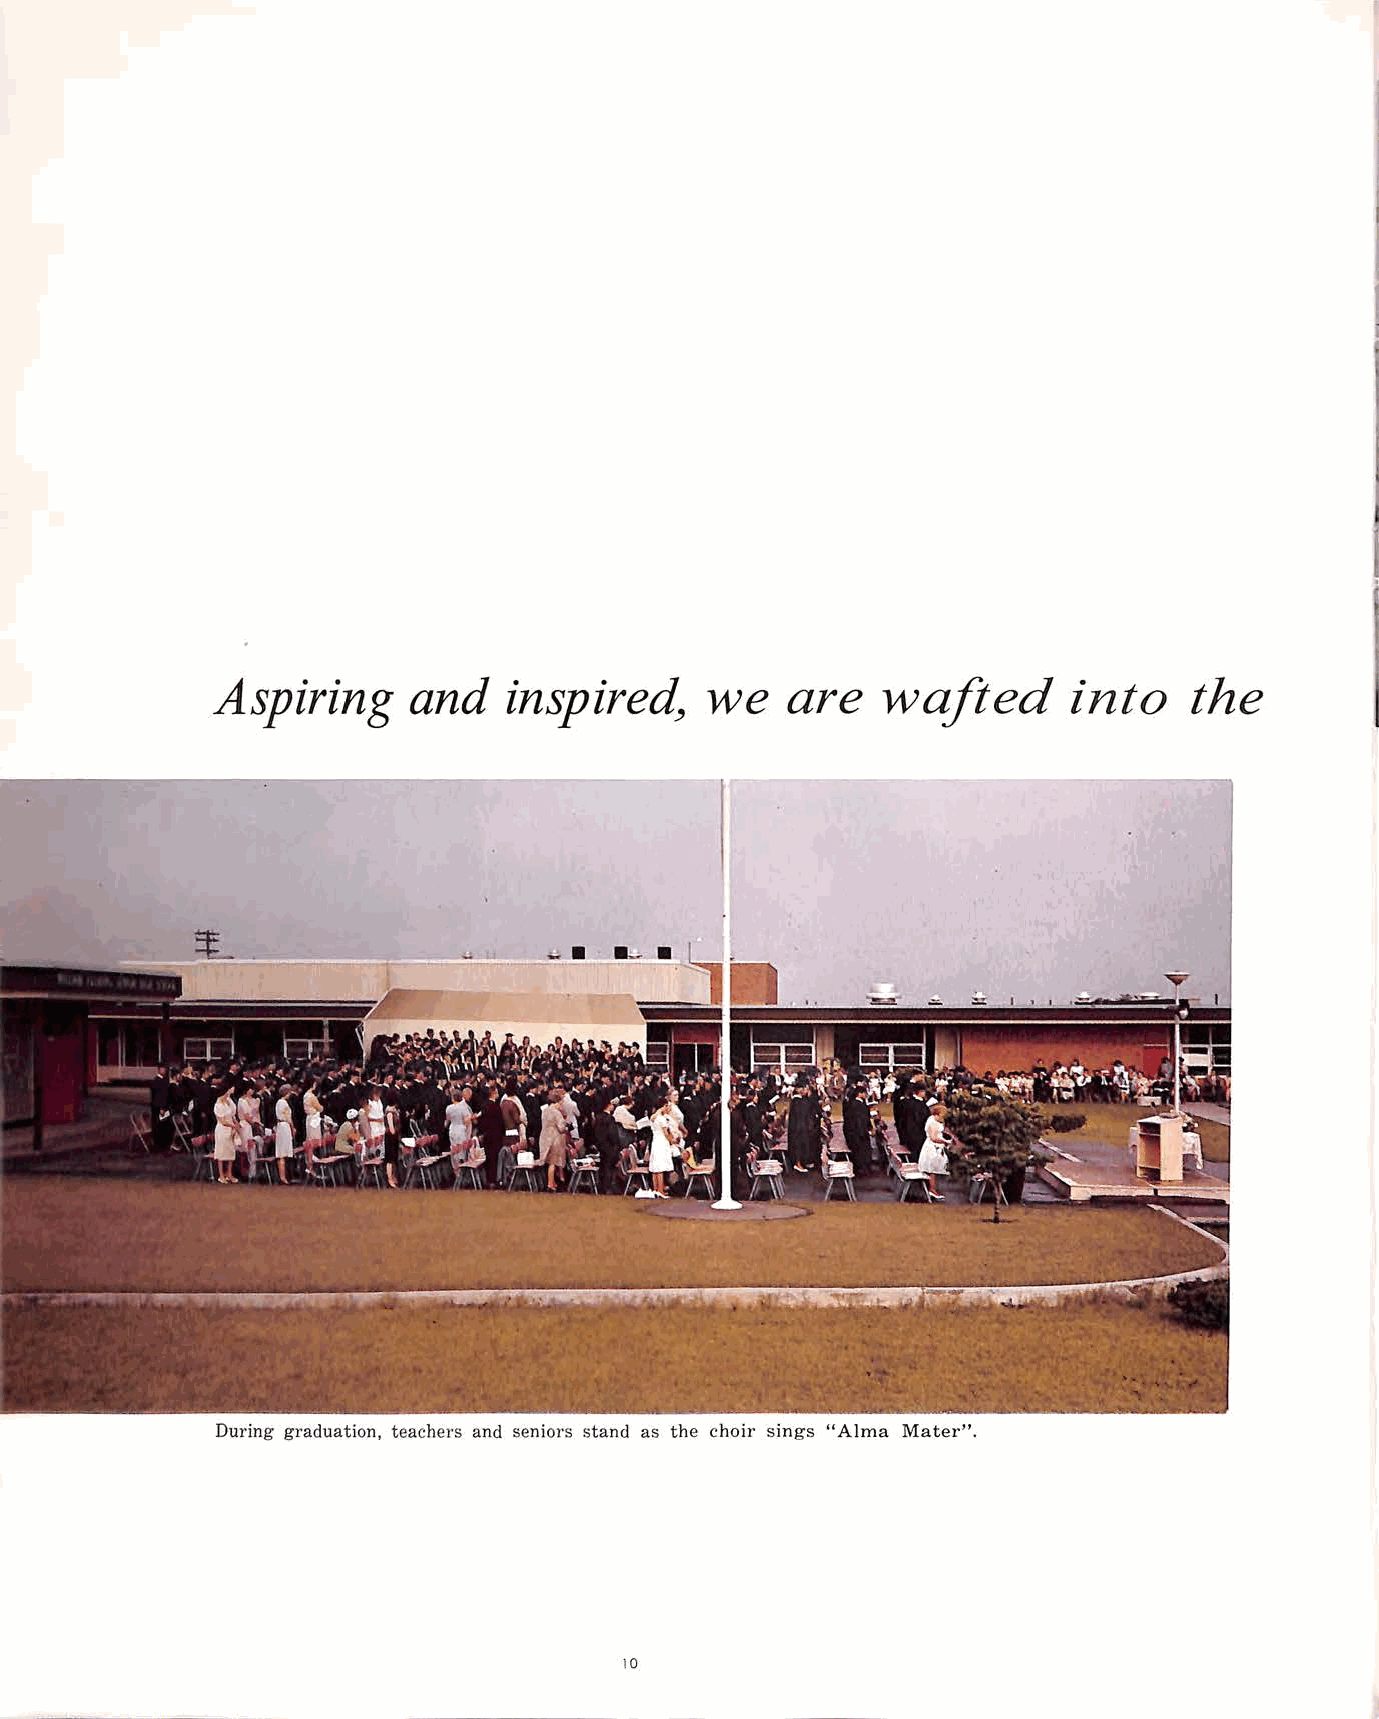
Aspiring     and                 we   are   wafted       into    the
 inspired~
 During graduation, teachers and seniors stand as the choir sings "Alma Mater".
 10